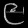
Digit: ၉